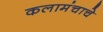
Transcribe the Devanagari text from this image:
कलामंचाचे